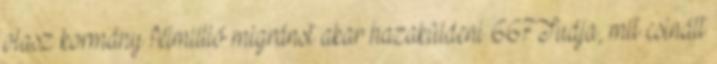
olasz kormány félmillió migránst akar hazaküldeni 667Tudja, mit csinált